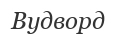
Вудворд